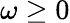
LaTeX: \omega\ge 0